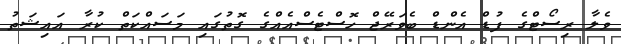
ވެލާ ރިސޯޓްގެ ފުޑް އެންޑް ބެވަރޭޖް ހޮސްޓެސްއެއްގެ ގޮތުގައި މަސައްކަތް ކުރާ އައިޝަތު